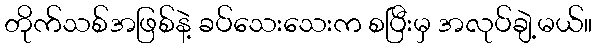
တိုက်သစ်အဖြစ်နဲ့ ခပ်သေးသေးက စပြီးမှ အလုပ်ချဲ့မယ်။